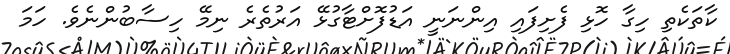
ކާތަކެތި ހިގާ ހޮޅި ފެށިފައި އިންނަނީ އަޑުފޮށްޓާގުޅޭ އަރުތެރެ ނިމޭ ހިސާބުންނެވެ. ހަމަ